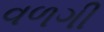
વળગી